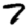
Digit: 7